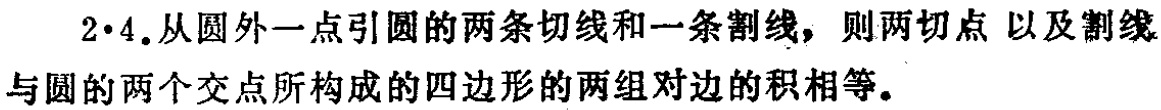
$2\cdot4$.从圆外一点引圆的两条切线和一条割线，则两切点 以及割线与圆的两个交点所构成的四边形的两组对边的积相等。